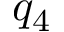
q _ { 4 }